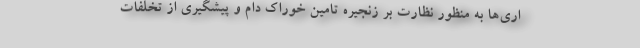
اری‌ها به منظور نظارت بر زنجیره تامین خوراک دام و پیشگیری از تخلفات